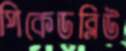
পিকেডব্লিউ